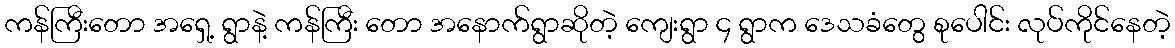
ကန်ကြီးတော အရှေ့ ရွာနဲ့ ကန်ကြီး တော အနောက်ရွာဆိုတဲ့ ကျေးရွာ ၄ ရွာက ဒေသခံတွေ စုပေါင်း လုပ်ကိုင်နေတဲ့